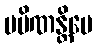
ပမိဏန္တိပေ